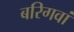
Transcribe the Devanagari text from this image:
बरिगवां